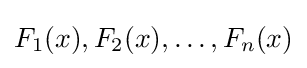
F_{1}(x),F_{2}(x),\ldots ,F_{n}(x)